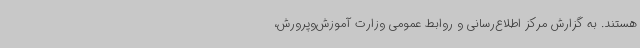
هستند. به گزارش مرکز اطلاع‌رسانی و روابط عمومی وزارت آموزش‌وپرورش،